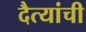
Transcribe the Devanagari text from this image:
दैत्यांची